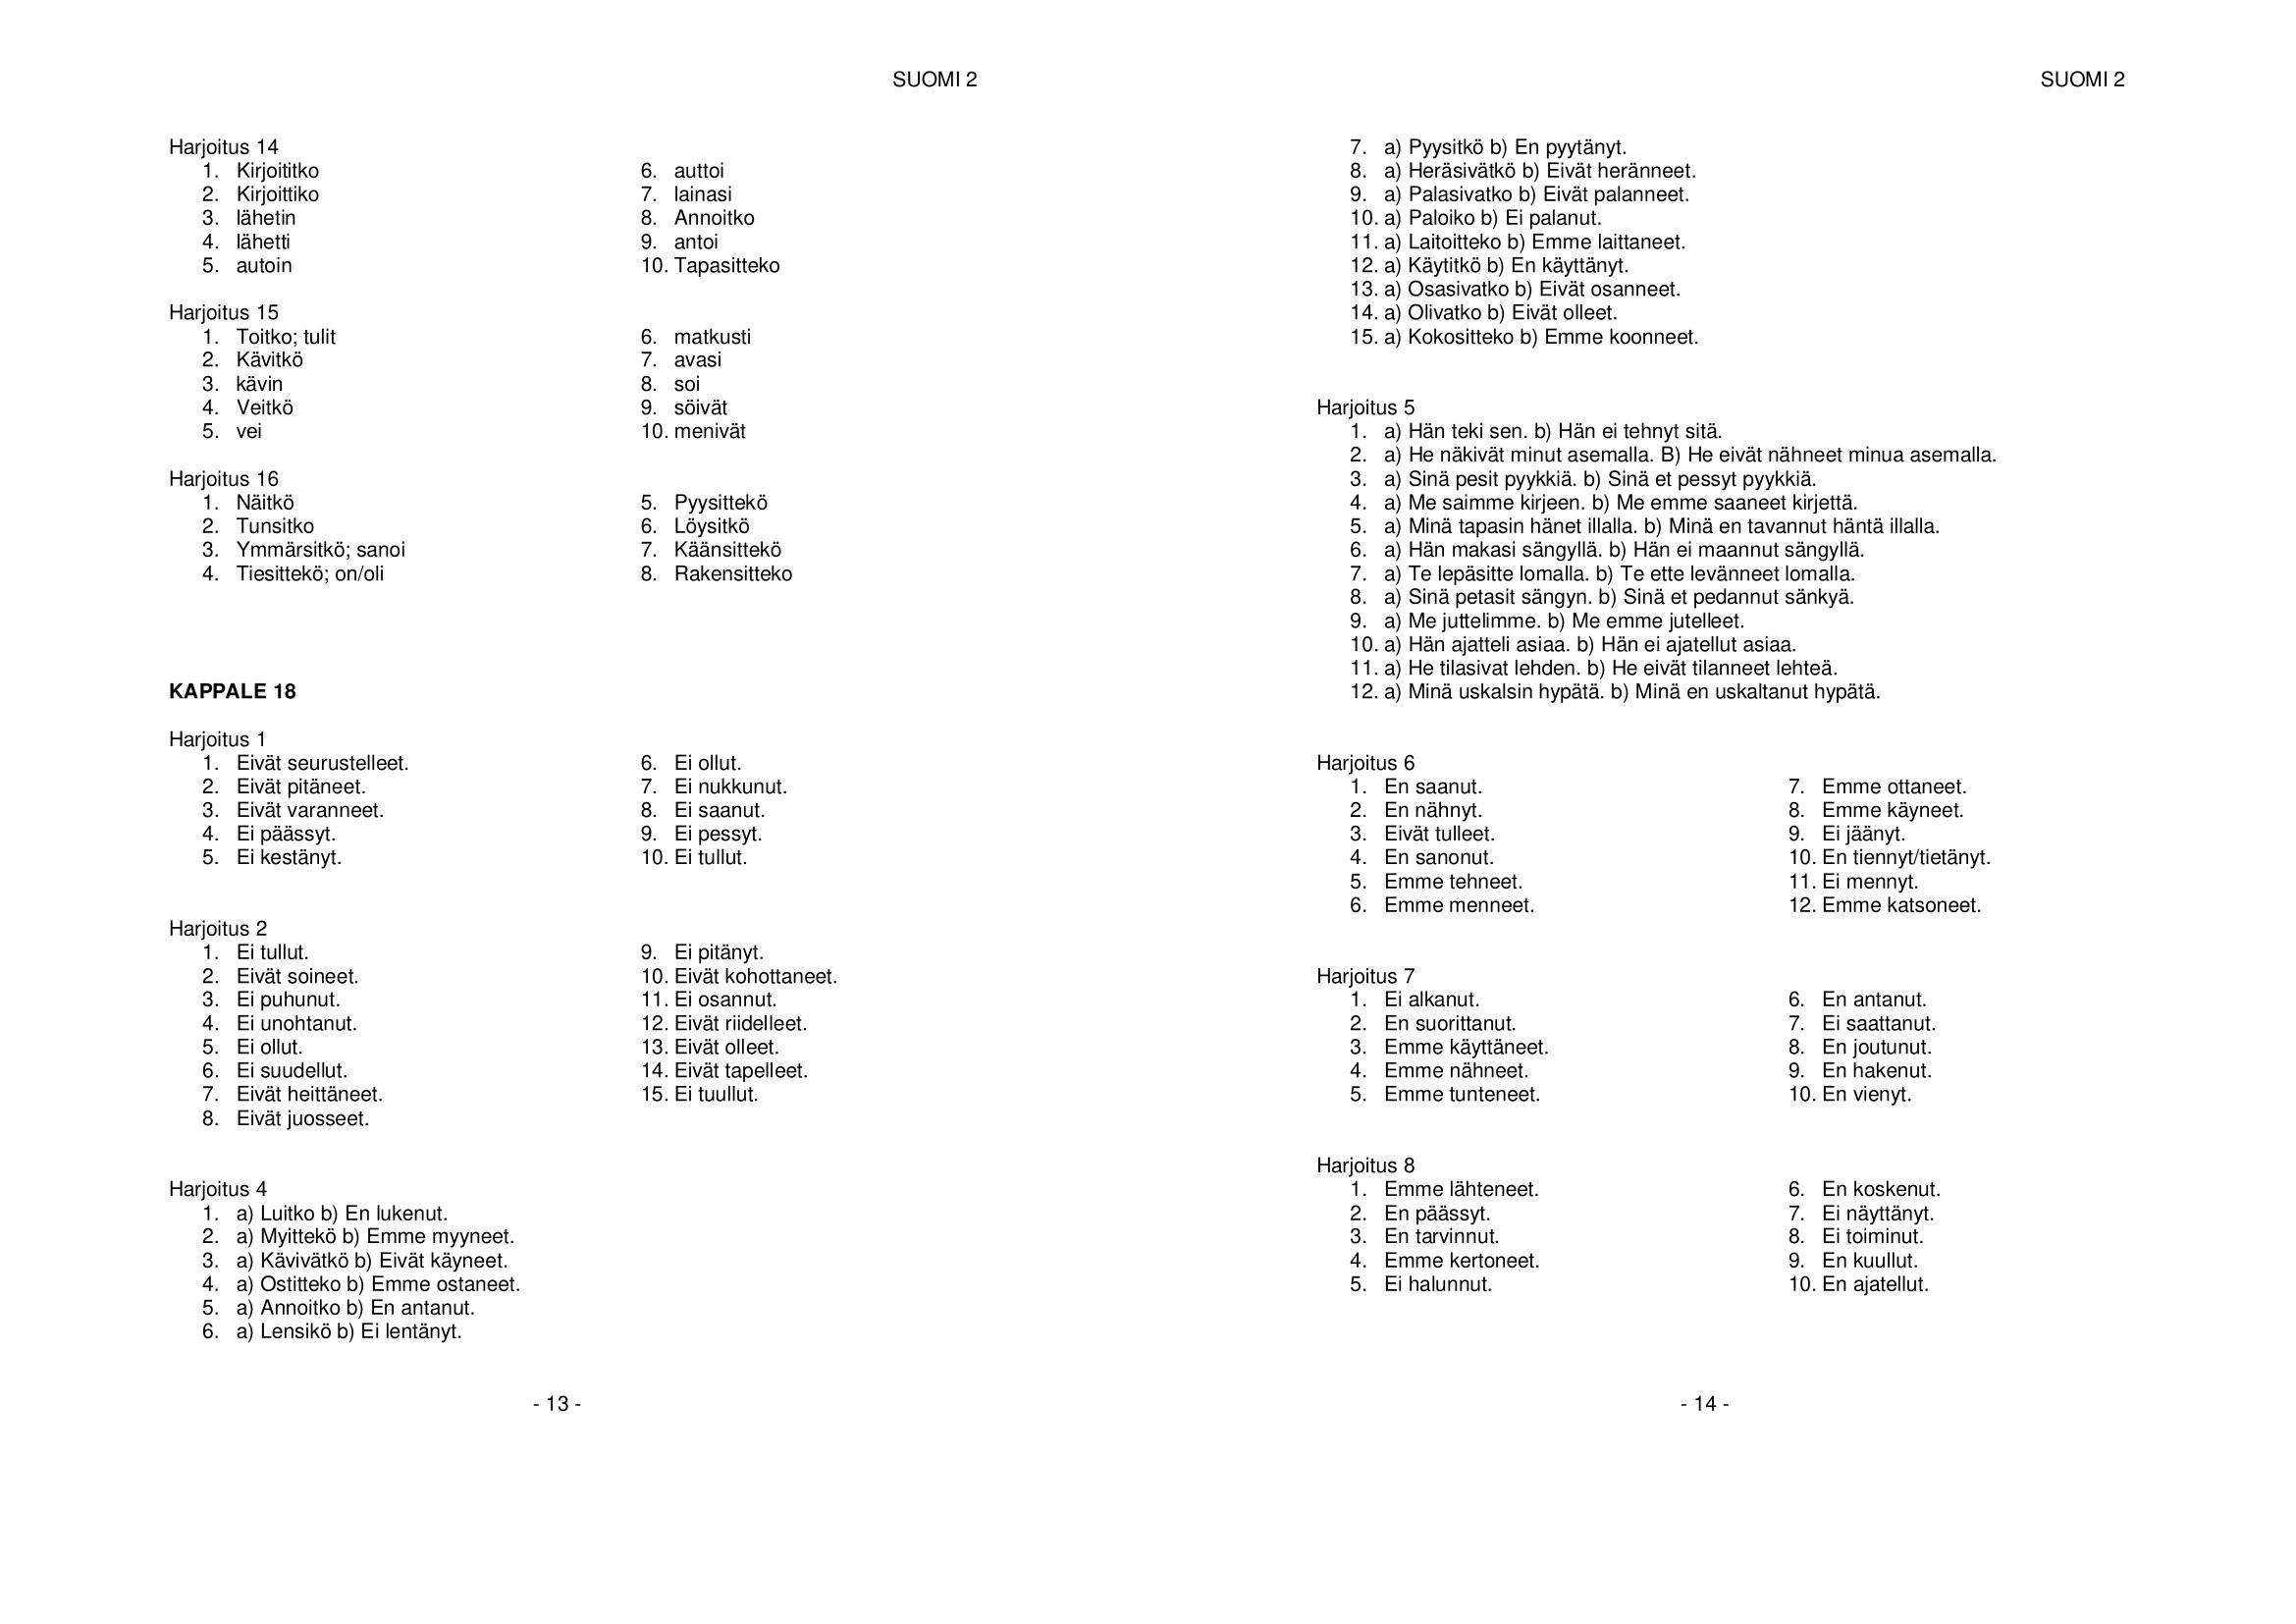
Language: fn